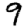
Digit: 9